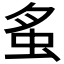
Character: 𧉏